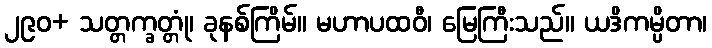
၂၉၀+ သတ္တက္ခတ္တုံ၊ ခုနစ်ကြိမ်။ မဟာပထဝီ၊ မြေကြီးသည်။ ယဒိကမ္ပိတာ၊